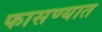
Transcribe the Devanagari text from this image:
फासण्यात